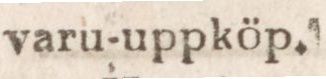
varu-uppköp.